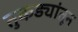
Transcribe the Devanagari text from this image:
तुकड्यांतून